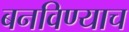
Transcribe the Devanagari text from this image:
बनविण्याच